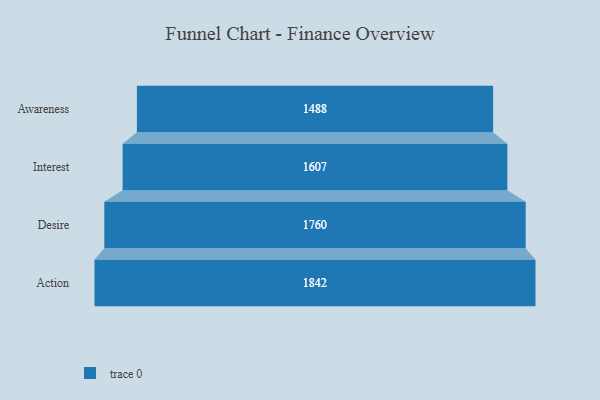
{"axis": {"x": "Stage", "y": "Value"}, "legend": [""], "data": [{"x": "Awareness", "y": 1488.0, "type": ""}, {"x": "Interest", "y": 1607.0, "type": ""}, {"x": "Desire", "y": 1760.0, "type": ""}, {"x": "Action", "y": 1842.0, "type": ""}]}